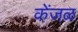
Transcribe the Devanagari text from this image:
केंजळ